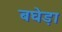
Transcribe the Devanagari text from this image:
बघेड़ा